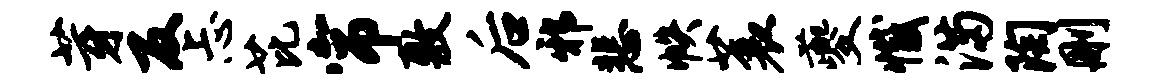
芽反忐芘帘敷后邪悲帙蓑夔撼满陶删